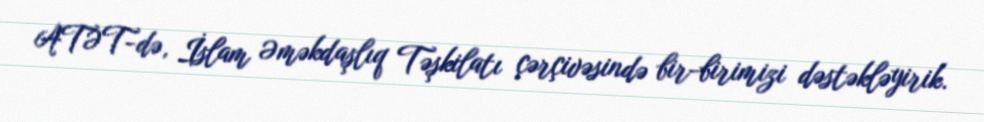
ATƏT-də, İslam Əməkdaşlıq Təşkilatı çərçivəsində bir-birimizi dəstəkləyirik.